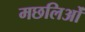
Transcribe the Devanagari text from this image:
मछलिओं